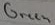
Text: Green